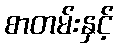
စာတမ်းနှင့်